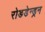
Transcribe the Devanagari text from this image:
रोडडेन्ड्रन